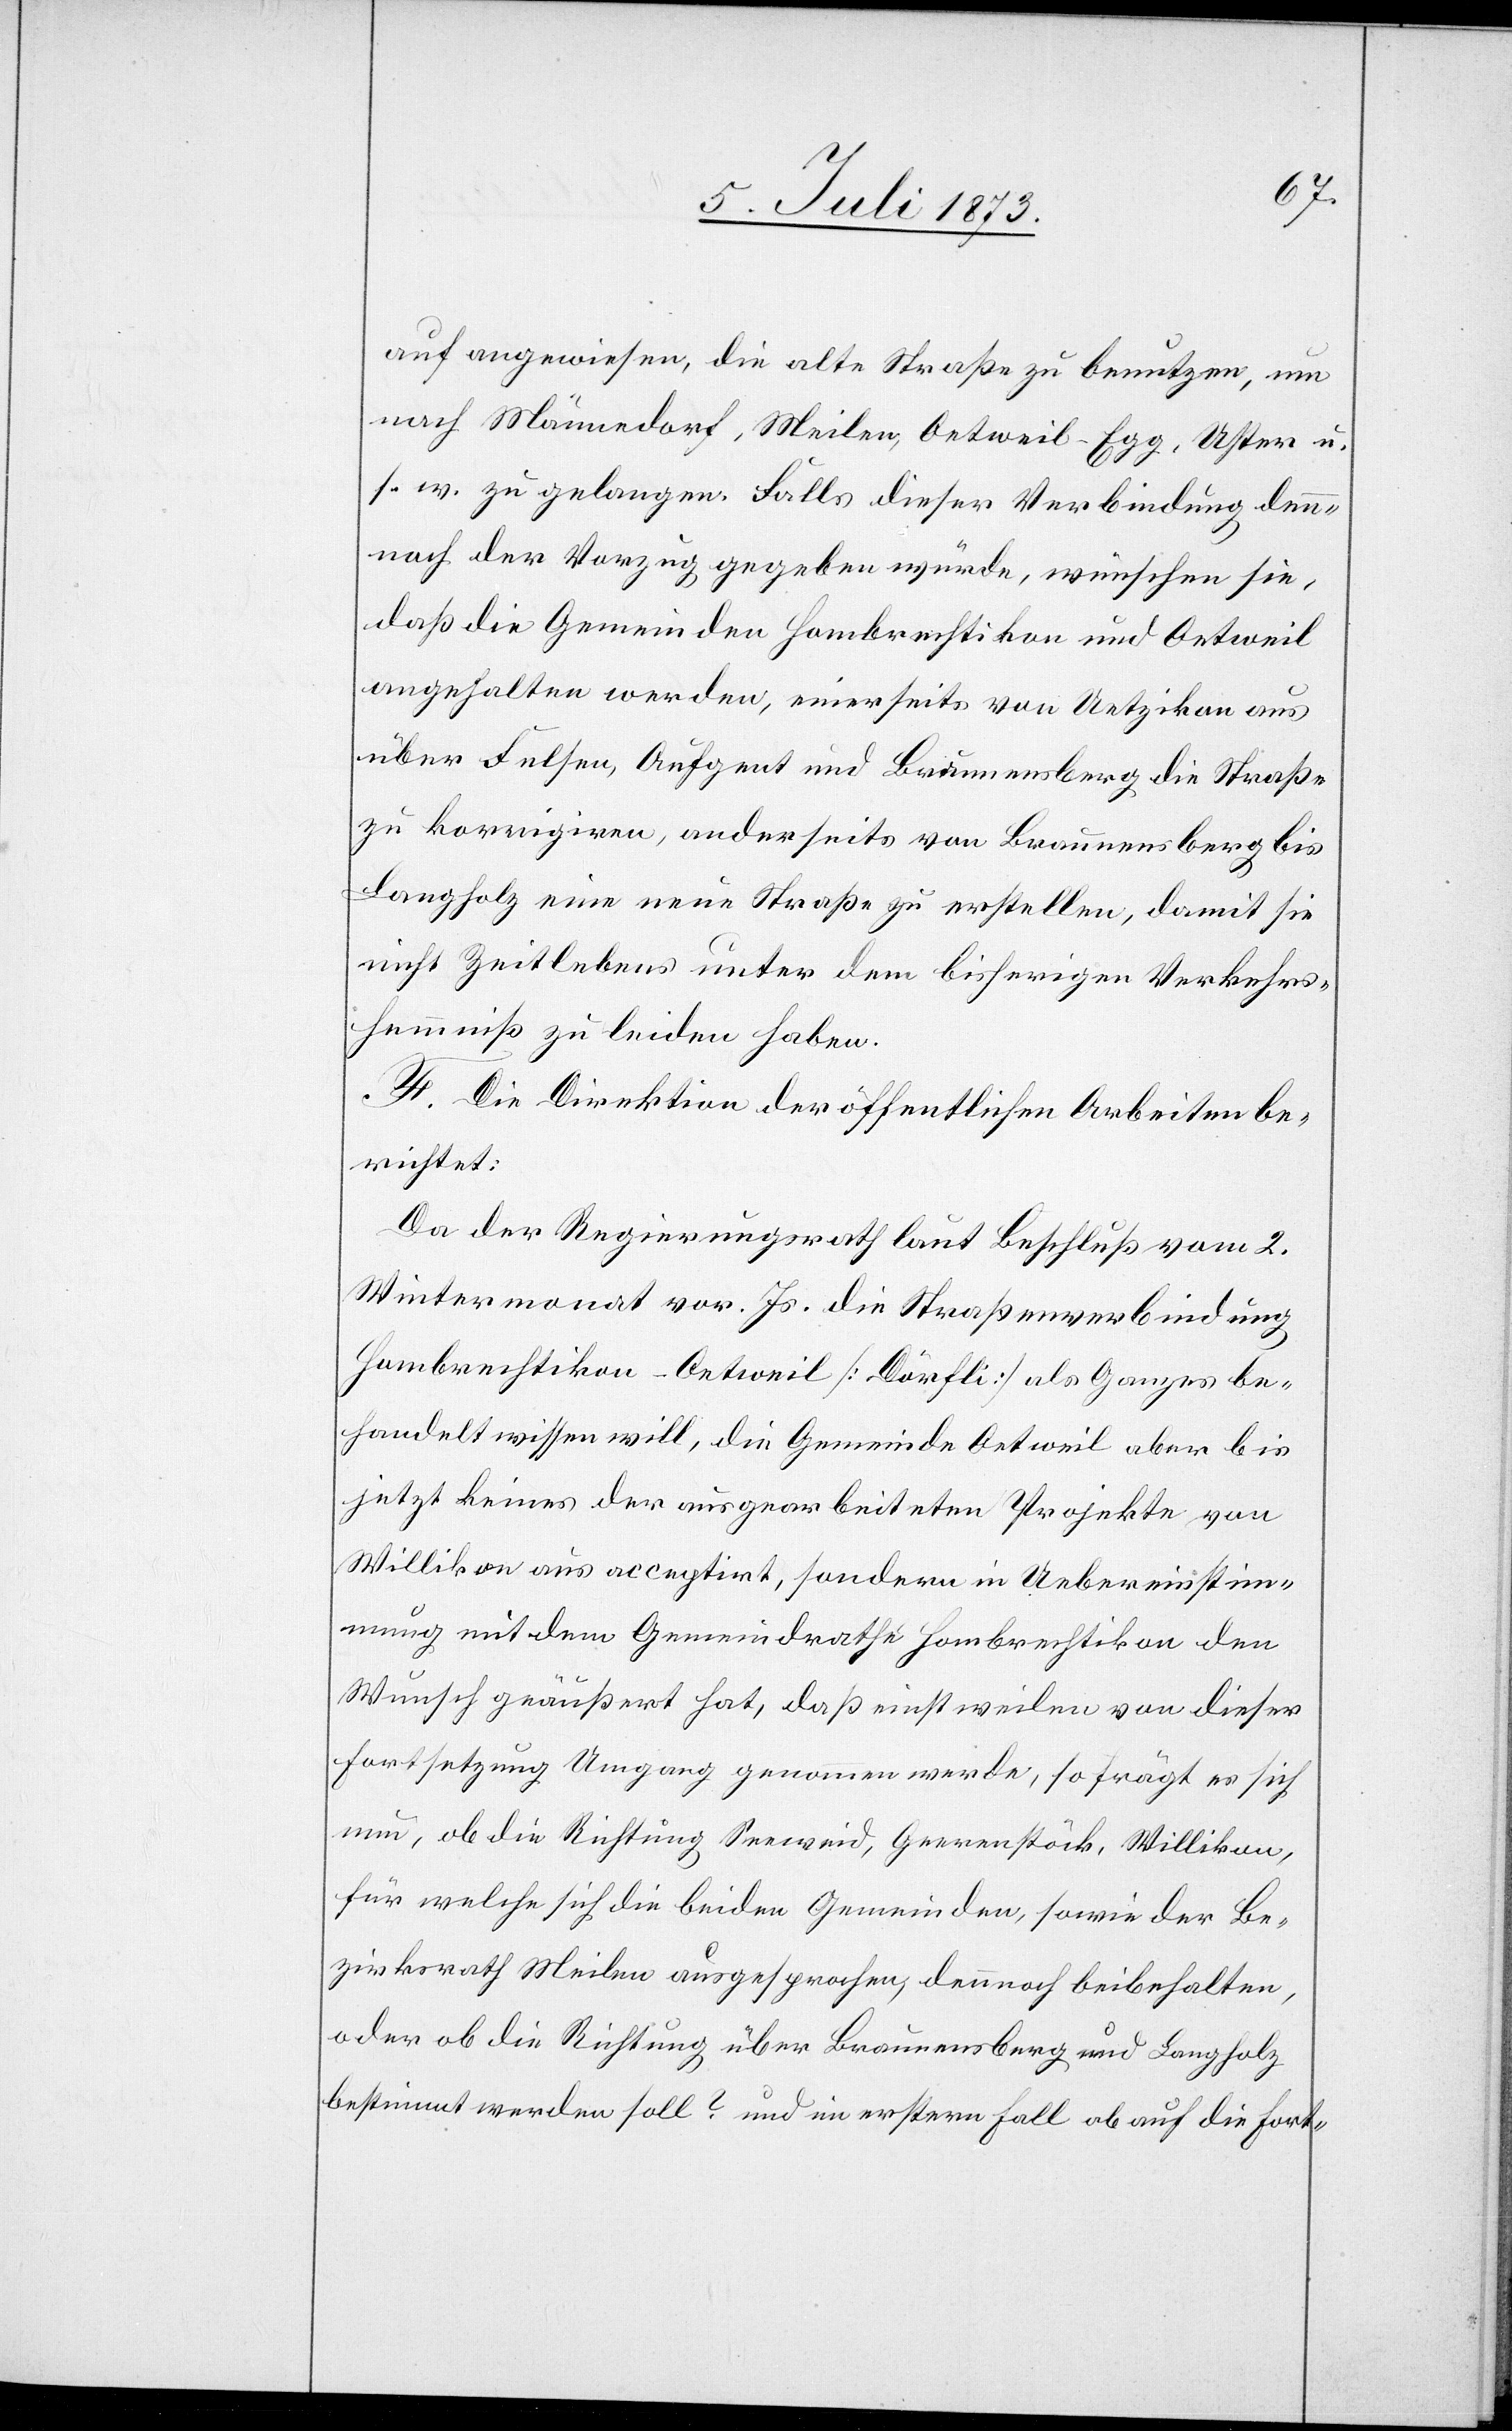
auf angewiesen, die alte Straße zu benutzen, um
nach Männedorf, Meilen, Oetweil-Egg, Uster u.
s. w. zu gelangen. Falls dieser Verbindung den¬
noch der Vorzug gegeben würde, wünschen sie,
daß die Gemeinden Hombrechtikon und Oetweil
angehalten werden, einerseits von Uetzikon aus
über Felsen, Aufgent und Braunensberg die Straße
zu korrigiren, anderseits von Braunensberg bis
Langholz eine neue Straße zu erstellen, damit sie
nicht Zeitlebens unter dem bisherigen Verkehrs¬
hemmniß zu leiden haben.
F. Die Direktion der öffentlichen Arbeiten be¬
richtet:
Da der Regierungsrath laut Beschluß vom 2.
Wintermonat vor. Js. die Straßenverbindung
Hombrechtikon–Oetweil [Dörfli] als Ganzes be¬
handelt wissen will, die Gemeinde Oetweil aber bis
jetzt keines der ausgearbeiteten Projekte von
Willikon aus acceptirt, sondern in Uebereinstim¬
mung mit dem Gemeindrathe Hombrechtikon den
Wunsch geäußert hat, daß einstweilen von dieser
Fortsetzung Umgang genommen werde, so frägt es sich
nun, ob die Richtung Seeweid, Geerenstöck, Willikon,
für welche sich die beiden Gemeinden, sowie der Be¬
zirksrath Meilen ausgesprochen, dennnoch beibehalten,
oder ob die Richtung über Braunensberg und Langholz
bestimmt werden soll? und im erstern Fall ob auf die Fort-